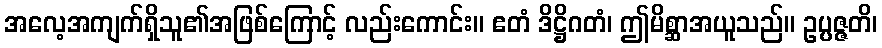
အလေ့အကျက်ရှိသူ၏အဖြစ်ကြောင့် လည်းကောင်း။ ဧတံ ဒိဋ္ဌိဂတံ၊ ဤမိစ္ဆာအယူသည်။ ဥပ္ပဇ္ဇတိ၊